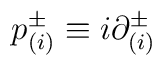
p_{(i)}^{\pm} \equiv i {\partial}_{(i)}^{\pm}